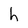
Character: h